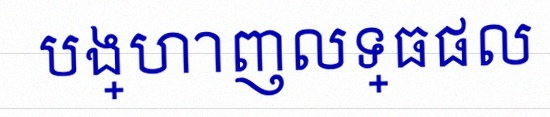
បង្ហាញលទ្ធផល